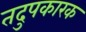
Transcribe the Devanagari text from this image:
तदुपकारक